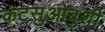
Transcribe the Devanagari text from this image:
कटसुओबुशी